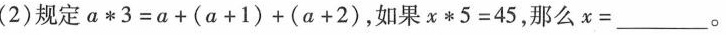
(2)规定α*3=a+(a+1)+(a+2)，如果x*5=45，那么x=_。